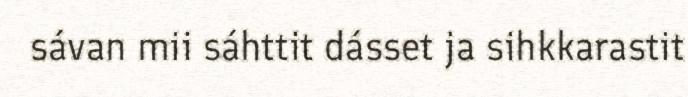
sávan mii sáhttit dásset ja sihkkarastit